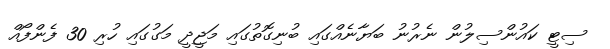
ސިޓީ ކައުންސިލުން ނެރުނު ބަޔާނެއްގައި ބުނިގޮތުގައި މަޖީދީ މަގުގައި ހުރި 30 ފެންފޯއް